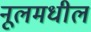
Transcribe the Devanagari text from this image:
नूलमधील